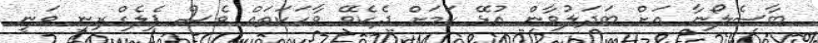
ބާސެލޯނާ އަށް ބަދަލުވާން އުޅޭ ކަމަށް ދެކެވޭ ވާހަކަތައް ވެސް ޕެލެގްރިނީ ވަނީ